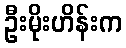
ဦးမိုးဟိန်းက